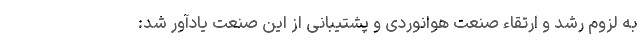
به لزوم رشد و ارتقاء صنعت هوانوردی و پشتیبانی از این صنعت یادآور شد: